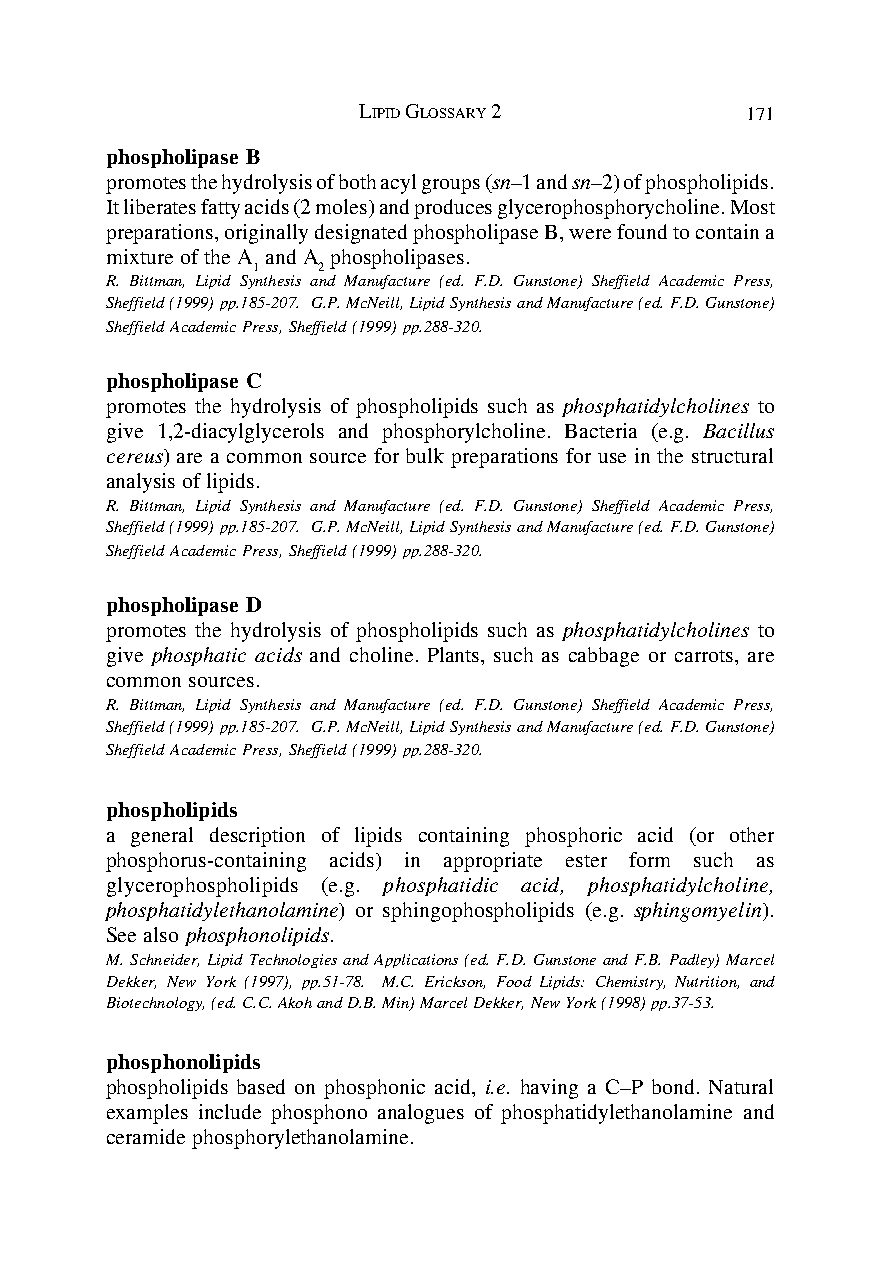
LIPID GLOSSARY 2         171
 phospholipase B
 promotes the hydrolysis of both acyl groups (sn–1 and sn–2) of phospholipids.
 It liberates fatty acids (2 moles) and produces glycerophosphorycholine. Most
 preparations, originally designated phospholipase B, were found to contain a
 mixture of the A and A phospholipases.
 1   2
 R. Bittman, Lipid Synthesis and Manufacture (ed. F.D. Gunstone) Sheffield Academic Press,
 Sheffield (1999) pp.185-207. G.P. McNeill, Lipid Synthesis and Manufacture (ed. F.D. Gunstone)
 Sheffield Academic Press, Sheffield (1999) pp.288-320.
 phospholipase C
 promotes the hydrolysis of phospholipids such as phosphatidylcholines to
 give 1,2-diacylglycerols and phosphorylcholine. Bacteria (e.g. Bacillus
 cereus) are a common source for bulk preparations for use in the structural
 analysis of lipids.
 R. Bittman, Lipid Synthesis and Manufacture (ed. F.D. Gunstone) Sheffield Academic Press,
 Sheffield (1999) pp.185-207. G.P. McNeill, Lipid Synthesis and Manufacture (ed. F.D. Gunstone)
 Sheffield Academic Press, Sheffield (1999) pp.288-320.
 phospholipase D
 promotes the hydrolysis of phospholipids such as phosphatidylcholines to
 give phosphatic acids and choline. Plants, such as cabbage or carrots, are
 common sources.
 R. Bittman, Lipid Synthesis and Manufacture (ed. F.D. Gunstone) Sheffield Academic Press,
 Sheffield (1999) pp.185-207. G.P. McNeill, Lipid Synthesis and Manufacture (ed. F.D. Gunstone)
 Sheffield Academic Press, Sheffield (1999) pp.288-320.
 phospholipids
 a general description of lipids containing phosphoric acid (or other
 phosphorus-containing acids) in appropriate ester form such as
 glycerophospholipids (e.g. phosphatidic acid, phosphatidylcholine,
 phosphatidylethanolamine) or sphingophospholipids (e.g. sphingomyelin).
 See also phosphonolipids.
 M. Schneider, Lipid Technologies and Applications (ed. F.D. Gunstone and F.B. Padley) Marcel
 Dekker, New York (1997), pp.51-78. M.C. Erickson, Food Lipids: Chemistry, Nutrition, and
 Biotechnology, (ed. C.C. Akoh and D.B. Min) Marcel Dekker, New York (1998) pp.37-53.
 phosphonolipids
 phospholipids based on phosphonic acid, i.e. having a C–P bond. Natural
 examples include phosphono analogues of phosphatidylethanolamine and
 ceramide phosphorylethanolamine.